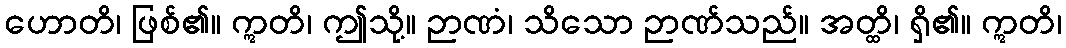
ဟောတိ၊ ဖြစ်၏။ ဣတိ၊ ဤသို့။ ဉာဏံ၊ သိသော ဉာဏ်သည်။ အတ္ထိ၊ ရှိ၏။ ဣတိ၊